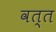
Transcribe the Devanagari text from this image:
वत्त